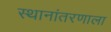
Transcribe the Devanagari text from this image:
स्थानांतरणाला